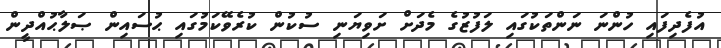
އުފެދިފައި ހުންނަ ނަންތަކުގައި ލަފުޒުގެ މެދަށް ށަވިޔަނި ސުކުން ކުރެވޭކަމުގައި ޙުސައިން ޞަލާޙުއްދީން